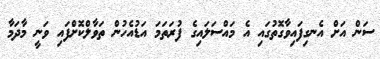
ސަން އަށް އެނގިފައިވާގޮތުގައި އެ މައްސަލައިގެ ފުރަތަމަ އަޑުއެހުން ތަވާލްކޮށްފައި ވަނީ މާދަމާ